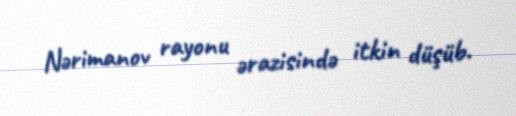
Nərimanov rayonu ərazisində itkin düşüb.